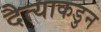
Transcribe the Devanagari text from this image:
दैत्याकडुन